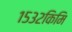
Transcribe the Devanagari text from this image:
१५३२किमि